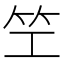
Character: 笁